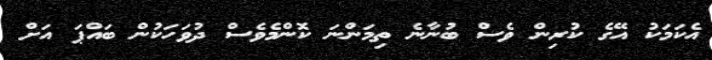
އެކަމަކު އޭގެ ކުރިން ވެސް ބުނާނެ ތިމަންނަ ކޮންމެވެސް ދުވަހަކުން ބައްޕަ އަށް